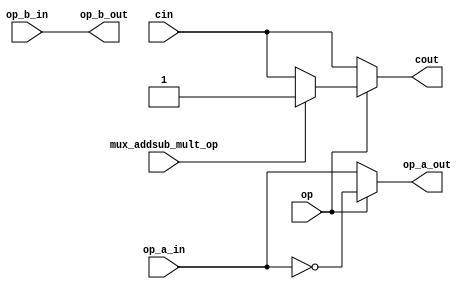
`timescale 1ns / 1ps
//////////////////////////////////////////////////////////////////////////////////
// Company: 
// Engineer: 
// 
// Design Name: 
// Module Name:    addorsub 
// Project Name: 
// Target Devices: 
// Tool versions: 
// Description: 
//
// Dependencies: 
//
// Revision: 
// Revision 0.01 - File Created
// Additional Comments: 
//
//////////////////////////////////////////////////////////////////////////////////
module addorsub(
input[16:0] op_a_in,
input[16:0] op_b_in,
input op,
input mux_addsub_mult_op,
input cin,
output reg cout,
output[16:0] op_a_out,
output[16:0] op_b_out
    );
assign op_b_out=op_b_in;
assign op_a_out=op?(~op_a_in):op_a_in;
always@(*)
	if(op)
		if(!mux_addsub_mult_op)
			cout<=cin;
		else
			cout<=1'b1;
	else 
		cout<=cin;
			
//assign cout=(op)?1'b1:cin;

endmodule